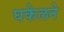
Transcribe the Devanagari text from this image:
घकेलने